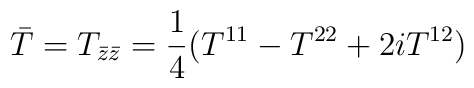
\bar{T}=T_{\bar{z}\bar{z}}=\frac{1}{4}(T^{11}-T^{22}+2iT^{12})